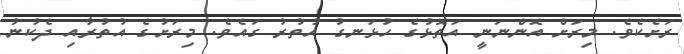
ރަށެކެވެ. މިރަށް އޮންނަނީ އަތޮޅުގެ ހުޅަނގު އުތުރު ގައެވެ. މިރަށުގެ އުތުރާއި ދެކުނު